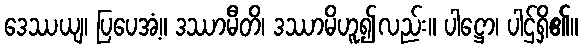
ဒေဿယျ၊ ပြပေအံ့။ ဒဿာမီတိ၊ ဒဿာမိဟူ၍လည်း။ ပါဋ္ဌော၊ ပါဌ်ရှိ၏။